Report on vaccination in Madras 1895-1903 - 1895-1903
Year: 1895
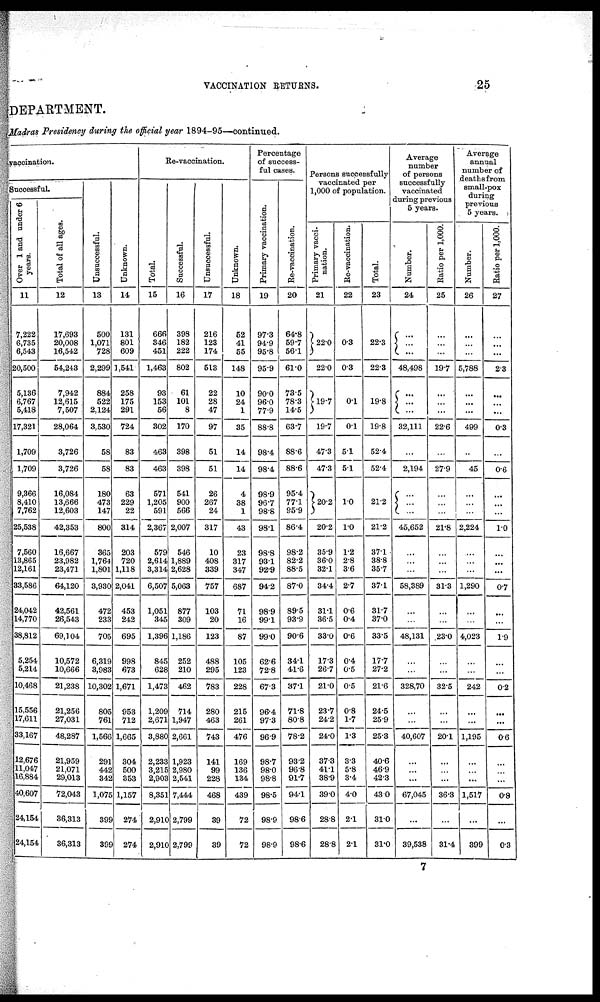
VACCINATION RETURNS.
25
DEPARTMENT.
Madras Presidency during the official year 1894-95—continued.
vaccination.
Successful.
Over 1 and under 6
years.
11
7,222
6,735
6,543
20,500
5,136
6,767
5,418
17,321
1,709
1,709
9,366
8,410
7,762
25,538
7,560
13,865
12,161
33,586
24,042
14,770
38,812
5,254
5,214
10,468
15,556
17,611
33,167
12,676
11,047
16,884
40,607
24,154
24,154
Total of all ages.
12
17,693
20,008
16,542
54,243
7,942
12,615
7,507
28,064
3,726
3,726
16,084
13,666
12,603
42,353
16,667
23,982
23,471
64,120
42,561
26,543
69,104
10,572
10,666
21,238
21,256
27,031
48,287
21,959
21,071
29,013
72,043
36,313
36,313
Unsuccessful.
13
500
1,071
728
2,299
884
522
2,124
3,530
58
58
180
473
147
800
365
1,764
1,801
3,930
472
233
705
6,319
3,983
10,302
805
761
1,566
291
442
342
1,075
399
399
Unknown.
14
131
801
609
1,541
258
175
291
724
83
83
63
229
22
314
203
720
1,118
2,041
453
242
695
998
673
1,671
953
712
1,665
304
500
353
1,157
274
274
Re-vaccination.
Total.
15
666
346
451
1,463
93
153
56
302
463
463
571
1,205
591
2,367
579
2,614
3,314
6,507
1,051
345
1,396
845
628
1,473
1,209
2,671
3,880
2,233
3,215
2,903
8,351
2,910
2,910
Successful.
16
398
182
222
802
61
101
8
170
398
398
541
900
566
2,007
546
1,889
2,628
5,063
877
309
1,186
252
210
462
714
1,947
2,661
1,923
2,980
2,541
7,444
2,799
2,799
Unsuccessful.
17
216
123
174
513
22
28
47
97
51
51
26
267
24
317
10
408
339
757
103
20
123
488
295
783
280
463
743
141
99
228
468
39
39
Unknown.
18
52
41
55
148
10
24
1
35
14
14
4
38
1
43
23
317
347
687
71
16
87
105
123
228
215
261
476
169
136
134
439
72
72
Percentage
of success-
ful cases.
Primary vaccination.
19
97.3
94.9
95.8
95.9
90.0
96.0
77.9
88.8
98.4
98.4
98.9
96.7
98.8
98.1
98.8
93.1
92.9
94.2
98.9
99.1
99.0
62.6
72.8
67.3
96.4
97.3
96.9
98.7
98.0
98.8
98.5
98.9
98.9
Re-vaccination.
20
64.8
59.7
56.1
61.0
73.5
78.3
14.5
63.7
88.6
88.6
95.4
77.1
95.9
86.4
98.2
82.2
88.5
87.0
89.5
93.9
90.6
34.1
41.6
37.1
71.8
80.8
78.2
93.2
96.8
91.7
94.1
98.6
98.6
Persons successfully
vaccinated per
1,000 of population.
Primary vacci-
nation.
21
22.0
22.0
19.7
19.7
47.3
47.3
20.2
20.2
35.9
36.0
32.1
34.4
31.1
36.5
33.0
17.3
26.7
21.0
23.7
24.2
24.0
37.3
41.1
38.9
39.0
28.8
28.8
Re-vaccination.
22
0.3
0.3
0.1
0.1
5.1
5.1
1.0
1.0
1.2
2.8
3.6
2.7
0.6
0.4
0.6
0.4
0.5
0.5
0.8
1.7
1.3
3.3
5.8
3.4
4.0
2.1
2.1
Total.
23
22.3
22.3
19.8
19.8
52.4
52.4
21.2
21.2
37.1
38.8
35.7
37.1
31.7
37.0
33.5
17.7
27.2
21.6
24.5
25.9
25.3
40.6
46.9
42.3
43.0
31.0
31.0
Average
number
of persons
successfully
vaccinated
during previous
5 years.
Number.
24
...
...
...
48,498
...
...
...
32,111
...
2,194
...
...
...
45,652
...
...
...
58,389
...
...
48,131
...
...
328,70
...
...
40,607
...
...
...
67,045
...
39,538
Ratio per 1,000.
25
...
...
...
19.7
...
...
...
22.6
...
27.9
...
...
...
21.8
...
...
...
31.3
...
...
23.0
...
...
32.5
...
...
201
...
...
...
36.3
...
31.4
Average
annual
number of
deaths from
small-pox
during
previous
5 years.
Number.
26
...
...
...
5,788
...
...
...
499
..
45
...
...
...
2,224
...
...
...
1,290
...
...
4,023
...
...
242
...
...
1,195
...
...
...
1,517
...
399
Ratio per 1,000.
27
...
...
...
2.3
...
...
...
0.3
...
0.6
...
...
...
1.0
...
...
...
0.7
...
...
1.9
...
...
0.2
...
...
0.6
...
...
...
0.8
...
0.3
7